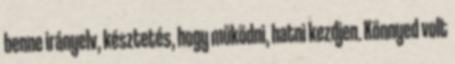
benne irányelv, késztetés, hogy működni, hatni kezdjen. Könnyed volt